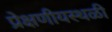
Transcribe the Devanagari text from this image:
प्रेक्षणीयस्थळी